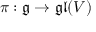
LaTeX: \pi : { \mathfrak { g } } \to { \mathfrak { g l } } ( V )